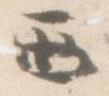
西